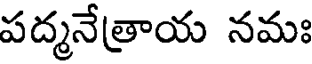
పద్మనేత్రాయ నమః